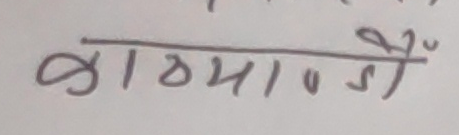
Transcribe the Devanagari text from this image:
काठमाडौँ